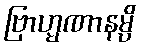
ဗြာဟ္မဏာနမ္ပိ